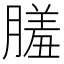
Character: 𦟤